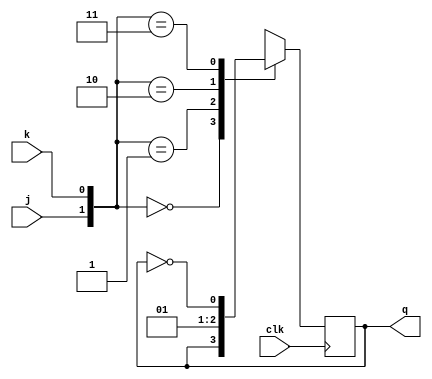
module JKFF( input j, input k , input clk, output q);

reg q ;

always@(posedge clk)

case({j,k})
2'b00 : q<=q ;
2'b01 : q<=0 ;
2'b10 : q<=1 ;
2'b11 : q<=~q ;
endcase
endmodule